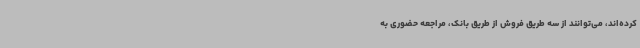
کرده‌اند، می‌توانند از سه طریق فروش از طریق بانک، مراجعه حضوری به